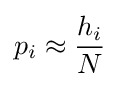
p_{i}\approx {\frac {h_{i}}{N}}